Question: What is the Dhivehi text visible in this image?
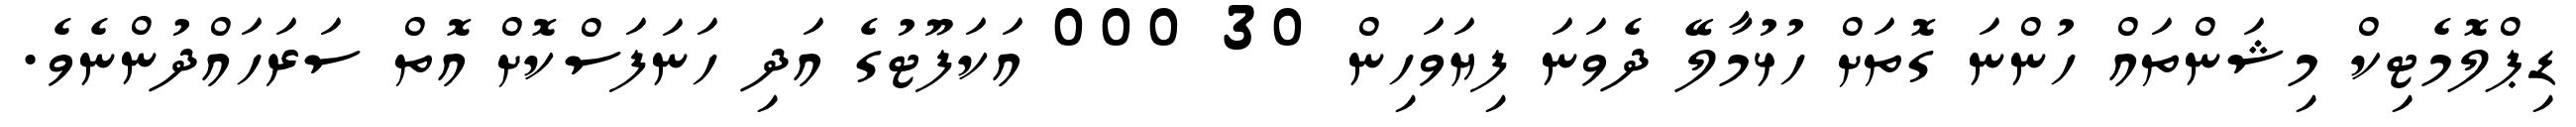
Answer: ޑިޕްލޮމެޓިކް މިޝަންތައް ހުންނަ ގޮތަށް ހުޅުމާލޭ ދެވަނަ ފިޔަވަހިން 30 000 އަކަފޫޓުގެ އަދި ހަނަފަސްކޮށް އޮތް ސަރަހައްދުންނެވެ.